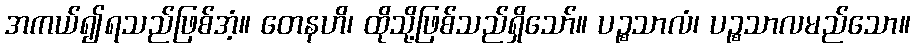
အကယ်၍ရသည်ဖြစ်အံ့။ တေနဟိ၊ ထိုသို့ဖြစ်သည်ရှိသော်။ ပဉ္စသာလံ၊ ပဉ္စသာလမည်သော။